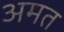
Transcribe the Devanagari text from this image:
अमत